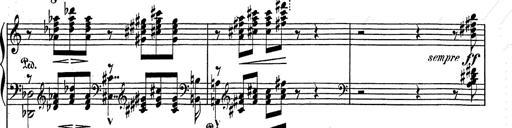
Title: Festvorspiel
Composer: Franz Liszt